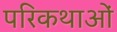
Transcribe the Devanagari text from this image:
परिकथाओं